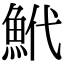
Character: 鮘